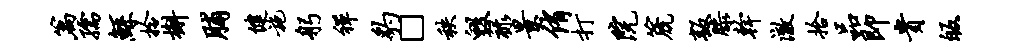
篇孺鲧拎槲脯健施躬禅豹□秩毁禄景侑打院篪叛膝干澈拾品即贵皈